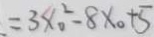
= 3 x _ { 0 } ^ { 2 } - 8 x _ { 0 } + 5